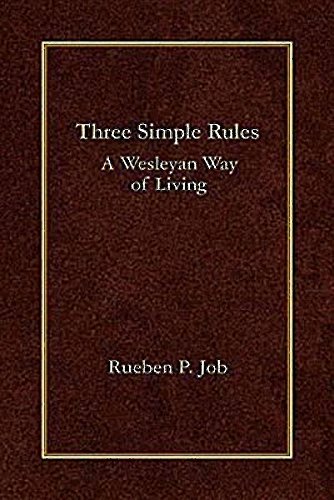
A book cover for Three Simple Rules: A Wesleyan Way of Living; Rueben P. Job; Christian Books & Bibles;